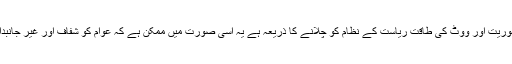
انہوں نے کہاکہ جمہوریت اور ووٹ کی طاقت ریاست کے نظام کو چلانے کا ذریعہ ہے یہ اسی صورت میں ممکن ہے کہ عوام کو شفاف اور غیر جانبدار انہ انتخابات ملیں ۔